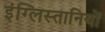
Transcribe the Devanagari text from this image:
इंग्लिस्तानियों